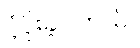
ပံ့ပိုးခဲ့ပါတယ်။